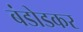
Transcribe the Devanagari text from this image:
बंडोडकर